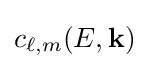
c_{\ell ,m}(E,{\bf {k}})